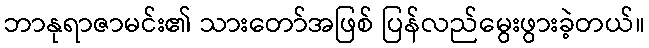
ဘာနုရာဇာမင်း၏ သားတော်အဖြစ် ပြန်လည်မွေးဖွားခဲ့တယ်။